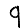
Digit: 9